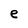
Character: e